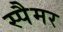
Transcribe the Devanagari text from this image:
स्पैमर